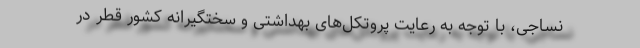
نساجی، با توجه به رعایت پروتکل‌های بهداشتی و سختگیرانه کشور قطر در